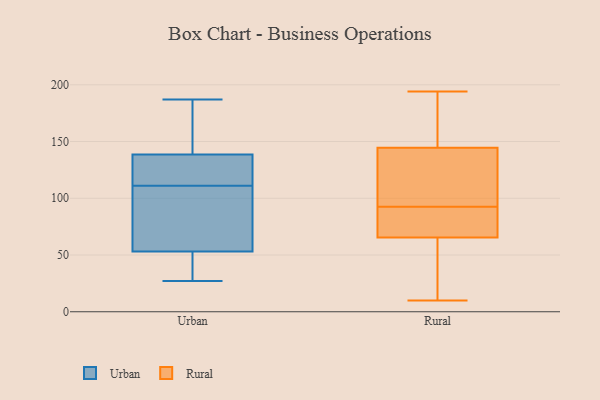
{"axis": {"x": "Energy Usage (MWh)", "y": "Value"}, "legend": ["Rural", "Urban"], "data": [{"x": "", "y": 110, "type": "Urban"}, {"x": "", "y": 72, "type": "Urban"}, {"x": "", "y": 136, "type": "Urban"}, {"x": "", "y": 129, "type": "Urban"}, {"x": "", "y": 127, "type": "Urban"}, {"x": "", "y": 57, "type": "Urban"}, {"x": "", "y": 145, "type": "Urban"}, {"x": "", "y": 141, "type": "Urban"}, {"x": "", "y": 37, "type": "Urban"}, {"x": "", "y": 45, "type": "Urban"}, {"x": "", "y": 112, "type": "Urban"}, {"x": "", "y": 27, "type": "Urban"}, {"x": "", "y": 187, "type": "Urban"}, {"x": "", "y": 49, "type": "Urban"}, {"x": "", "y": 108, "type": "Urban"}, {"x": "", "y": 46, "type": "Urban"}, {"x": "", "y": 131, "type": "Urban"}, {"x": "", "y": 81, "type": "Urban"}, {"x": "", "y": 163, "type": "Urban"}, {"x": "", "y": 161, "type": "Urban"}, {"x": "", "y": 138, "type": "Rural"}, {"x": "", "y": 88, "type": "Rural"}, {"x": "", "y": 80, "type": "Rural"}, {"x": "", "y": 188, "type": "Rural"}, {"x": "", "y": 10, "type": "Rural"}, {"x": "", "y": 80, "type": "Rural"}, {"x": "", "y": 97, "type": "Rural"}, {"x": "", "y": 151, "type": "Rural"}, {"x": "", "y": 72, "type": "Rural"}, {"x": "", "y": 57, "type": "Rural"}, {"x": "", "y": 119, "type": "Rural"}, {"x": "", "y": 52, "type": "Rural"}, {"x": "", "y": 100, "type": "Rural"}, {"x": "", "y": 194, "type": "Rural"}, {"x": "", "y": 71, "type": "Rural"}, {"x": "", "y": 60, "type": "Rural"}, {"x": "", "y": 112, "type": "Rural"}, {"x": "", "y": 180, "type": "Rural"}, {"x": "", "y": 193, "type": "Rural"}, {"x": "", "y": 53, "type": "Rural"}]}